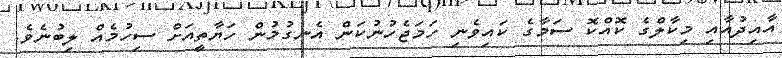
އާއިދުއާއި މިކާލްގެ ކޮއްކޮ ސަމާގެ ކައިވެނި ހަމަޖެހުނުކަން އެނގުމުން ހަޔާތީއަށް ސިހުމެއް ލިބުނެވެ.